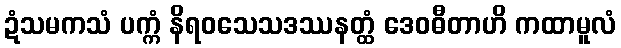
ဍံသမကသံ ပက္ကံ နိရဝသေသဒဿနတ္ထံ ဒေဝဓီတာဟိ ကထာမူလံ